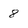
Character: 8